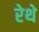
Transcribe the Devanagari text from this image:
रेथे